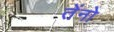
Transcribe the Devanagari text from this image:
तेंनो